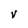
Character: V